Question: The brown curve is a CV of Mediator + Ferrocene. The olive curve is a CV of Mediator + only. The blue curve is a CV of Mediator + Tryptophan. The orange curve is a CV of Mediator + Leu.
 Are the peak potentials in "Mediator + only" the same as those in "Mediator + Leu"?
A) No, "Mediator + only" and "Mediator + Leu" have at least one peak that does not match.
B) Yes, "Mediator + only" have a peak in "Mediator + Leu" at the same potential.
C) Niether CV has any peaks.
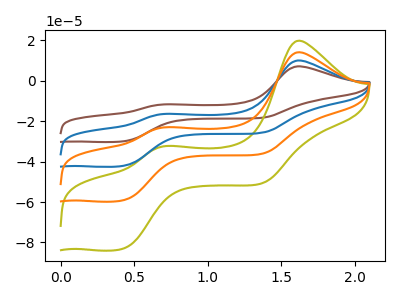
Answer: <think>The brown curve "Mediator + Ferrocene" has anodic peaks at (1.60V, 42.40uA) (0.70V, -69.00uA) and cathodic peaks at (0.45V, -177.00uA) (1.35V, -108.40uA). The olive curve "Mediator + only" has anodic peaks at (1.60V, 19.85uA) (0.70V, -32.30uA) and cathodic peaks at (0.45V, -82.90uA) (1.35V, -50.75uA). The blue curve "Mediator + Tryptophan" has anodic peaks at (1.60V, 28.25uA) (0.70V, -46.00uA) and cathodic peaks at (0.45V, -118.00uA) (1.35V, -72.25uA). The orange curve "Mediator + Leu" has anodic peaks at (1.60V, 14.15uA) (0.70V, -23.00uA) and cathodic peaks at (0.45V, -59.00uA) (1.35V, -36.15uA).</think>
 <answer>B) Yes, "Mediator + only" have a peak in "Mediator + Leu" at the same potential.</answer>
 <eval>B</eval>